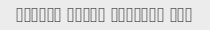
Vaghan mesle hamishe ali